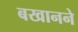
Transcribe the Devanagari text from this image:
बखानने